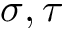
\sigma , \tau